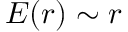
E ( r ) \sim r